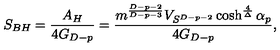
S _ { B H } = { \frac { A _ { H } } { 4 G _ { D - p } } } = { \frac { m ^ { \frac { D - p - 2 } { D - p - 3 } } V _ { S ^ { D - p - 2 } } \cosh ^ { \frac { 4 } { \Delta } } \alpha _ { p } } { 4 G _ { D - p } } } ,